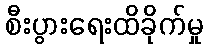
စီးပွားရေးထိခိုက်မှု